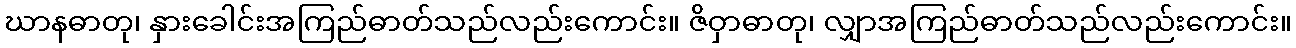
ဃာနဓာတု၊ နှားခေါင်းအကြည်ဓာတ်သည်လည်းကောင်း။ ဇိဝှာဓာတု၊ လျှာအကြည်ဓာတ်သည်လည်းကောင်း။